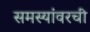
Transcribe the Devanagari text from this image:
समस्यांवरची